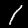
Digit: 1